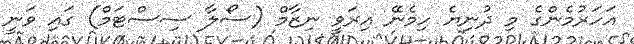
އަހަރުމެންގެ މި ދުނިޔެ ހިމެނޭ އިރަވީ ނިޒާމް (ސޯލާ ސިސްޓަމް) ގައި ވަނީ